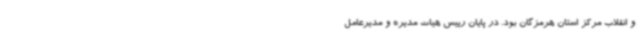
و انقلاب مرکز استان هرمزگان بود. در پایان رییس هیات مدیره و مدیرعامل